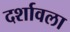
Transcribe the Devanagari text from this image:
दर्शावला